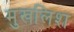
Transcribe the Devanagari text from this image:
मुखलिश